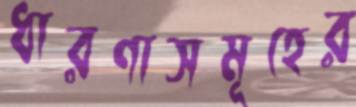
ধারণাসমূহের